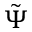
\tilde { \Psi }